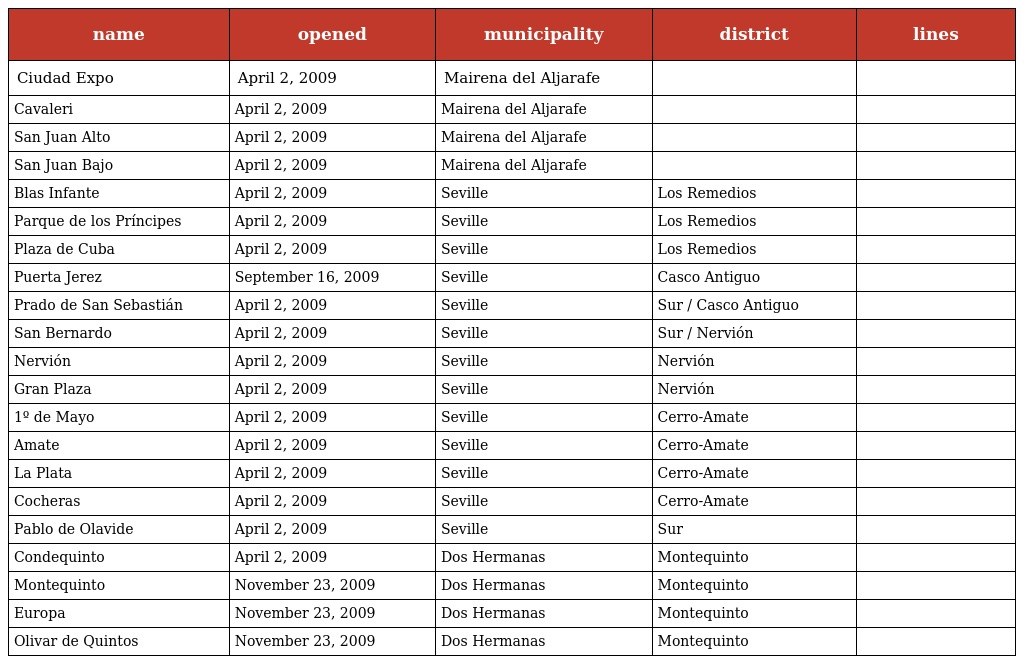
| name | opened | municipality | district | lines |
 | --- | --- | --- | --- | --- |
 | Ciudad Expo | April 2, 2009 | Mairena del Aljarafe |  |  |
 | Cavaleri | April 2, 2009 | Mairena del Aljarafe |  |  |
 | San Juan Alto | April 2, 2009 | Mairena del Aljarafe |  |  |
 | San Juan Bajo | April 2, 2009 | Mairena del Aljarafe |  |  |
 | Blas Infante | April 2, 2009 | Seville | Los Remedios |  |
 | Parque de los Príncipes | April 2, 2009 | Seville | Los Remedios |  |
 | Plaza de Cuba | April 2, 2009 | Seville | Los Remedios |  |
 | Puerta Jerez | September 16, 2009 | Seville | Casco Antiguo |  |
 | Prado de San Sebastián | April 2, 2009 | Seville | Sur / Casco Antiguo |  |
 | San Bernardo | April 2, 2009 | Seville | Sur / Nervión |  |
 | Nervión | April 2, 2009 | Seville | Nervión |  |
 | Gran Plaza | April 2, 2009 | Seville | Nervión |  |
 | 1º de Mayo | April 2, 2009 | Seville | Cerro-Amate |  |
 | Amate | April 2, 2009 | Seville | Cerro-Amate |  |
 | La Plata | April 2, 2009 | Seville | Cerro-Amate |  |
 | Cocheras | April 2, 2009 | Seville | Cerro-Amate |  |
 | Pablo de Olavide | April 2, 2009 | Seville | Sur |  |
 | Condequinto | April 2, 2009 | Dos Hermanas | Montequinto |  |
 | Montequinto | November 23, 2009 | Dos Hermanas | Montequinto |  |
 | Europa | November 23, 2009 | Dos Hermanas | Montequinto |  |
 | Olivar de Quintos | November 23, 2009 | Dos Hermanas | Montequinto |  |